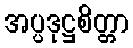
အပ္ပဒုဋ္ဌစိတ္တာ